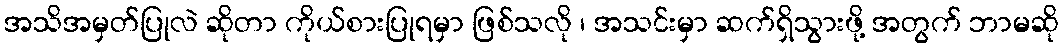
အသိအမှတ်ပြုလဲ ဆိုတာ ကိုယ်စားပြုရမှာ ဖြစ်သလို ၊ အသင်းမှာ ဆက်ရှိသွားဖို့ အတွက် ဘာမဆို